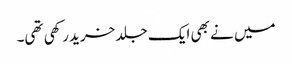
میں نے بھی ایک جلد خرید رکھی تھی۔